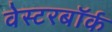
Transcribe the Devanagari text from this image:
वेस्टरबॉर्क